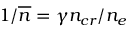
1 / \overline { { n } } = \gamma n _ { c r } / n _ { e }